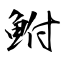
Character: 鮒